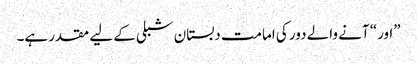
”اور“ آنے والے دور کی امامت دبستان شبلی کے لیے مقدر ہے۔